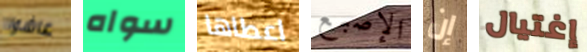
عاشوا سواه اعطاها الإصبع إن إغتيال